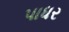
પાધર